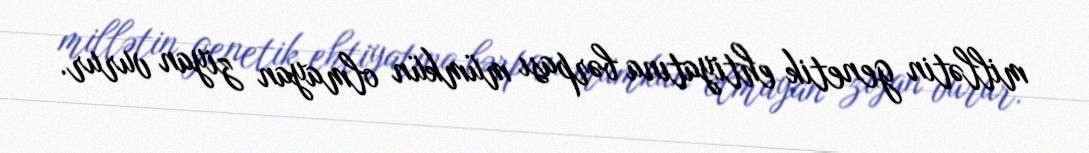
millətin genetik ehtiyatına bərpası mümkün olmayan ziyan vurur.